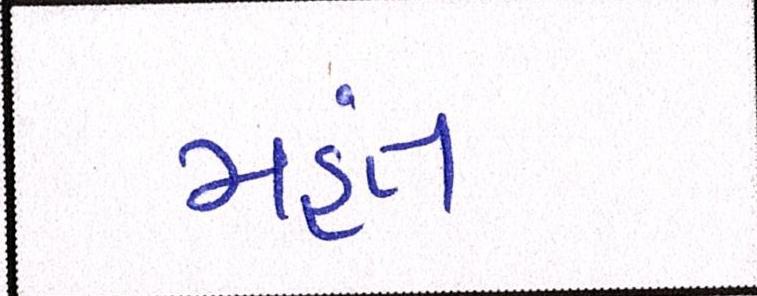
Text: મહંત